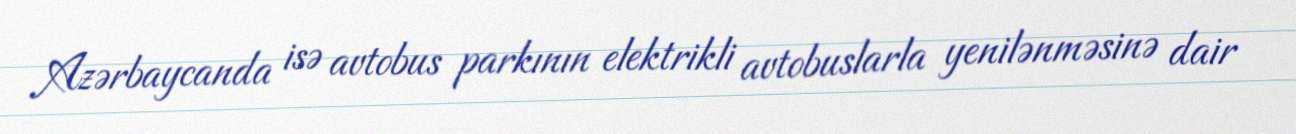
Azərbaycanda isə avtobus parkının elektrikli avtobuslarla yenilənməsinə dair